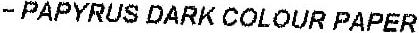
- PAPYRUS DARK COLOUR PAPER